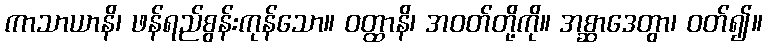
ကာသာယာနိ၊ ဖန်ရည်စွန်းကုန်သော။ ဝတ္ထာနိ၊ အဝတ်တို့ကို။ အစ္ဆာဒေတွာ၊ ဝတ်၍။